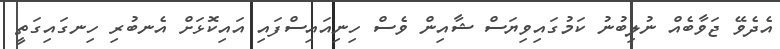
އެދެވޭ ޖަވާބެއް ނުލިބުނު ކަމުގައިވިޔަސް ޝާއިން ވެސް ހިނިއައިސްފައި އައިކޮޅަށް އެނބުރި ހިނގައިގަތީ